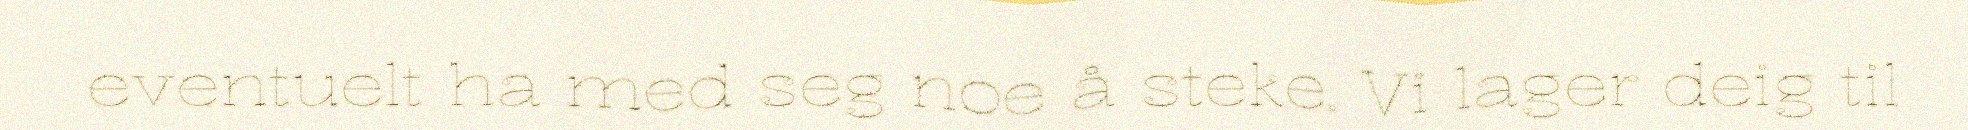
eventuelt ha med seg noe å steke. Vi lager deig til